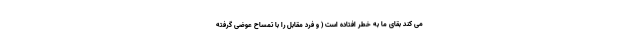
می کند بقای ما به خطر افتاده است ( و فرد مقابل را با تمساح عوضی گرفته